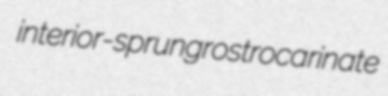
interior-sprung rostrocarinate